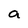
Character: a